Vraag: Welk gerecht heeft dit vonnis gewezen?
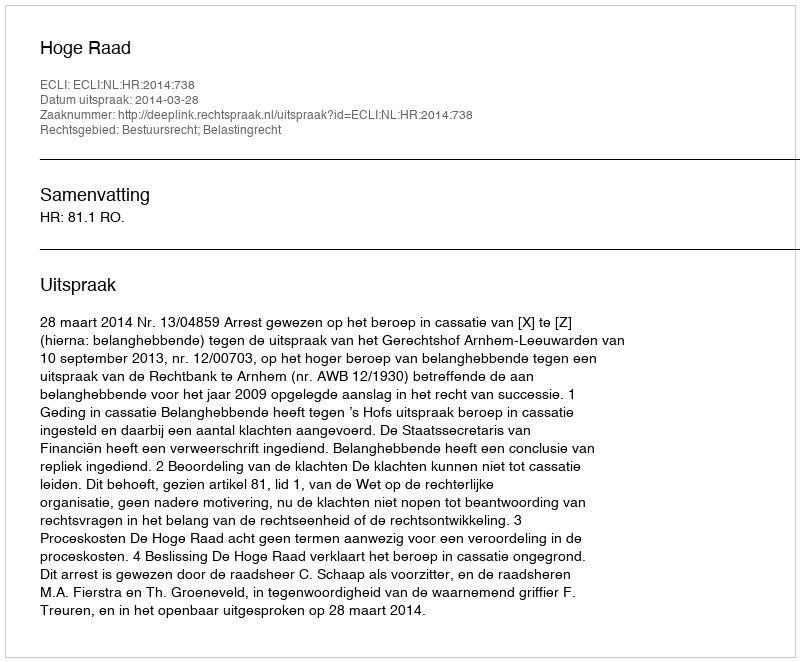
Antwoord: Hoge Raad